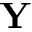
\textbf Y